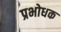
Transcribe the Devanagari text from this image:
प्रभोधक